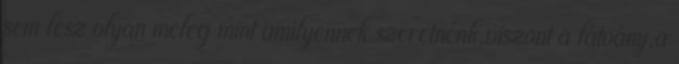
sem lesz olyan meleg mint amilyennek szeretnénk,viszont a látvány,a